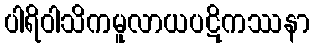
ပါရိဝါသိကမူလာယပဋိကဿနာ